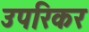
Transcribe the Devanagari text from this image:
उपरिकर